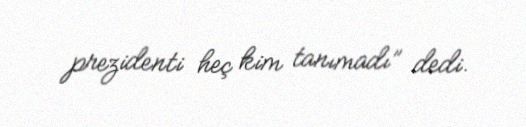
prezidenti heç kim tanımadı” dedi.